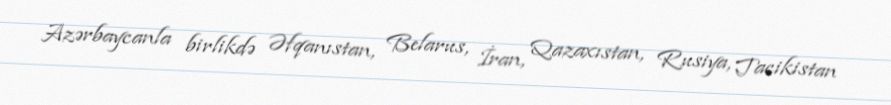
Azərbaycanla birlikdə Əfqanıstan, Belarus, İran, Qazaxıstan, Rusiya, Tacikistan